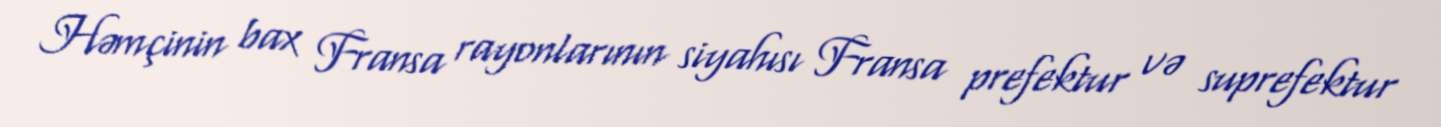
Həmçinin bax Fransa rayonlarının siyahısı Fransa prefektur və suprefektur